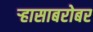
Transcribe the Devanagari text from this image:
ऱ्हासाबरोबर